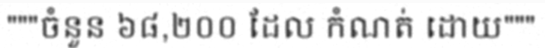
"""ចំនួន ៦៨,២០០ ដែល កំណត់ ដោយ"""